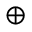
\oplus